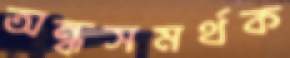
অন্ধসমর্থক